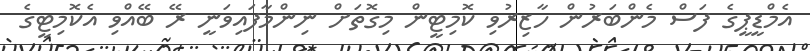
އެމްޑީޕީގެ ފަސް މެންބަރުން ހާޒިރުވި ކޮމިޓީން މިގޮތަށް ނިންމާފައިވަނީ ރޭ ބޭއްވި އެކޮމިޓީގެ